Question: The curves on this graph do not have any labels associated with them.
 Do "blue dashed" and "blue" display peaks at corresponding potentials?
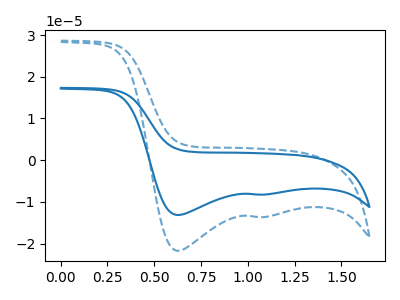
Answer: <think>The blue curve "blue" has cathodic peaks at (0.65V, -13.15uA) (1.10V, -8.25uA). The blue dashed curve "blue dashed" has cathodic peaks at (0.65V, -21.70uA) (1.10V, -13.65uA).</think>
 <answer>Yes, "blue dashed" have a peak in "blue" at the same potential.</answer>
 <eval>match</eval>